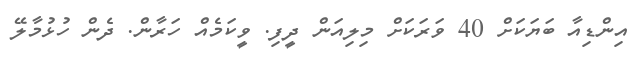
އިންޑިއާ ބަޔަކަށް 40 ވަރަކަށް މިލިއަން ދީފި. ވީކަމެއް ހަރާން. ދެން ހުޅުމާލޭ